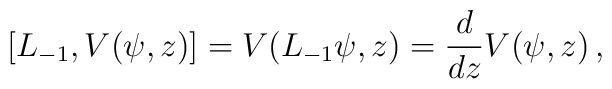
[L_{-1},V(\psi,z)]=V(L_{-1}\psi,z)={d\over dz}V(\psi,z)\,,